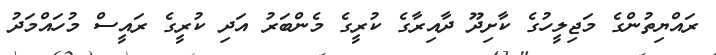
ރައްޔިތުންގެ މަޖިލީހުގެ ކާށިދޫ ދާއިރާގެ ކުރީގެ މެންބަރު އަދި ކުރީގެ ރައީސް މުހައްމަދު